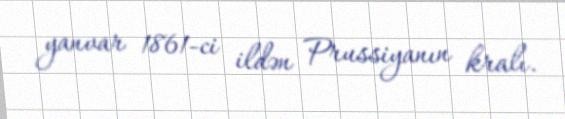
yanvar 1861-ci ildən Prussiyanın kralı.